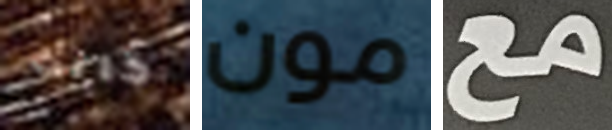
كانت مون مع